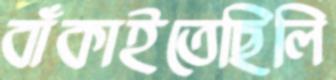
বাঁকাইতেছিলি